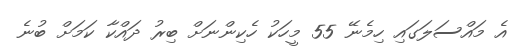
އެ މައްސަލަގައި ހިމެނޭ 55 މީހަކު ހެކިންނަށް ބިރު ދައްކާ ކަމަށް ބުނެ